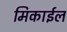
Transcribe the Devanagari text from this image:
मिकाईल